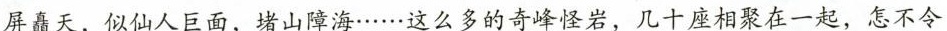
屏矗天，似仙人巨面，堵山障海……这么多的奇峰怪岩，几十座相聚在一起，怎不令